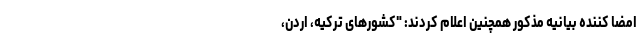
امضا کننده بیانیه مذکور همچنین اعلام کردند: "کشورهای ترکیه، اردن،